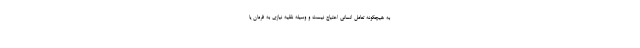
به هیچگونه تعامل انسانی احتیاج نیست و وسیله نقلیه نیازی به فرمان یا